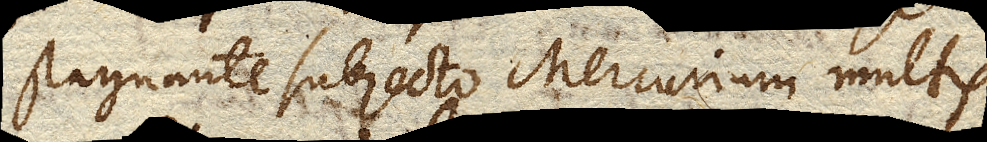
stagnante subjecto Mercurium multis